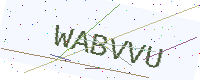
Text: WABVVU